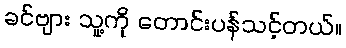
ခင်ဗျား သူ့ကို တောင်းပန်သင့်တယ်။